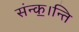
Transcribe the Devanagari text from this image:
संन्क॒।न्ति